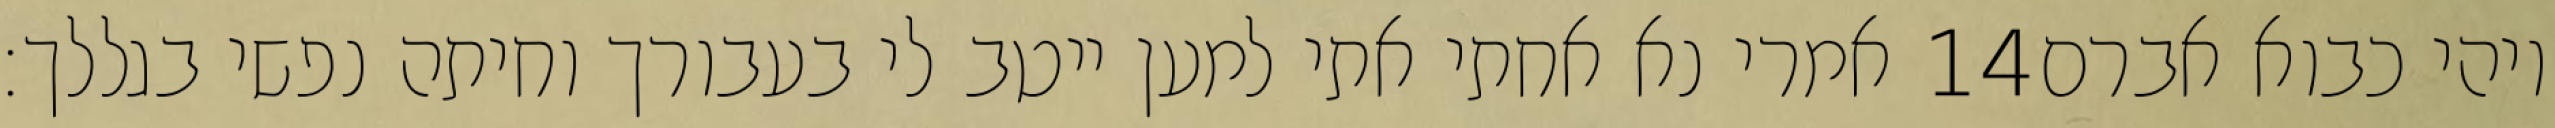
אמרי נא אחתי אתי למען ייטב לי בעבורך וחיתה נפשי בגללך׃ ‎14‏ ויהי כבוא אברם